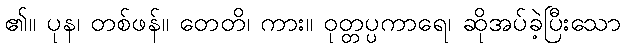
၏။ ပုန၊ တစ်ဖန်။ တေတိ၊ ကား။ ဝုတ္တပ္ပကာရေ၊ ဆိုအပ်ခဲ့ပြီးသော